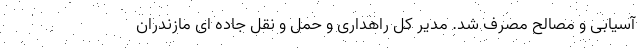
آسیابی و مصالح مصرف شد. مدیر کل راهداری و حمل و نقل جاده ای مازندران